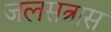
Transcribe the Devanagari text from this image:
जलसत्रास